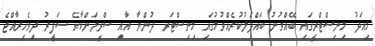
މިއަދު މިނިސްޓްރީގައި ބޭއްވުނު ބައްދަލުކުރެއްވުމުގައި މިނިސްޓަރ ދުންޔާ އާއި ސްރީލަންކާގެ ސަފީރު ދިވެހިރާއްޖެ